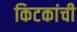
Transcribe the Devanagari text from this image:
किटकांची